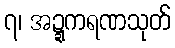
၇၊ အဍ္ဍကရဏသုတ်